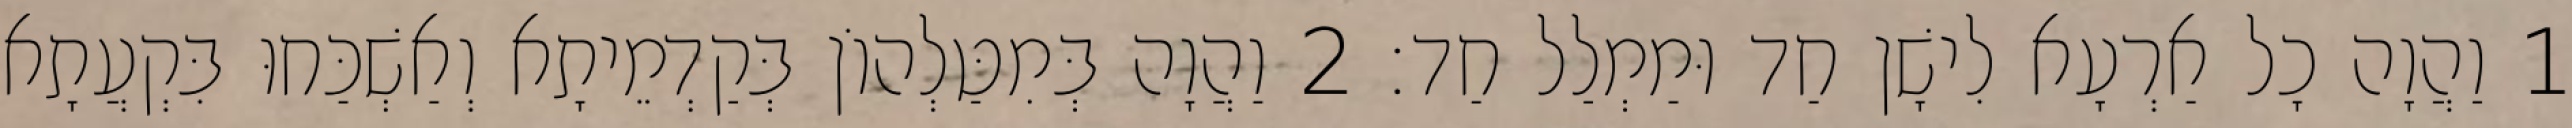
1 וַהֲוָה כָל אַרְעָא לִישָׁן חַד וּמַמְלַל חַד׃ 2 וַהֲוָה בְּמִטַּלְהוֹן בְּקַדְמֵיתָא וְאַשְׁכַּחוּ בִּקְעֲתָא